Lock hospitals Punjab
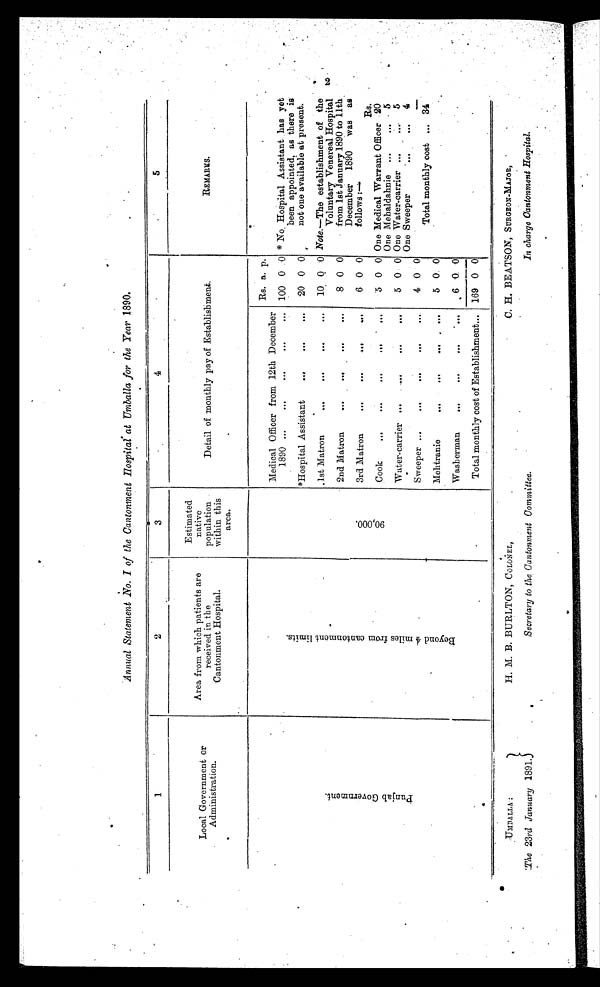
Annual Statement No. I of the Cantonment Hospital at Umballa for the Year 1890.
1
2
3
4
5
Local Government or
Administration .
Area from which patients are
received in the
Cantonment Hospital.
Estimated
native
population
within this
area.
Detail of monthly pay of Establishment.
REMARKS.
Medical Officer from 12th December
1890 ...
...
...
...
. . .
Rs. a. p.
* No. Hospital Assistant has yet
been appointed, as there is
not one available at present.
100 0 .0
P u n j a b G o v e r n m e n t .
B e y o n d 4 m i l e s f r o m c a n t o n m e n t l i m i t s .
*Hospital Assistant
. . .
...
...
20 0 0
.1st Matron
. . .
. . .
...
...
10 0 0
.
Note. —The establishment of the
Voluntary Venereal Hospital
from 1st January 1890 to 11th
December 1890 was as
follows :—
2nd Matron
. . .
..
...
...
8 0 0
9 0 , 0 0 0 .
3rd Matron
. . .
. . .
...
...
6 0 0
Cook
. . .
. . .
. . .
...
...
5 0 0 One Medical Warrant Officer
Rs.
20
One Mehaldahnie ...
.., . 5
Water-carrier ...
. . .
...
...
5 0 0 One Water-carrier ...
5
One Sweeper
...
. . .
4
Sweeper ...
. . .
. . .
...
4 0 0
Total monthly cost ... 34
Mehtranie
. . .
. . .
...
...
5 0 0
Washerman
. . .
. . .
...
...
6 0. 0
Total monthly cost of Establishment... 169 0 0
2
UMBALLA:
The 23rd January 1891.
H. M. B. BURLTON, COLONEL,
Secretary to the Cantonment Committee.
C. H. BEATSON, SURGEON-MAJOR, -
In charge Cantonment Hospital.